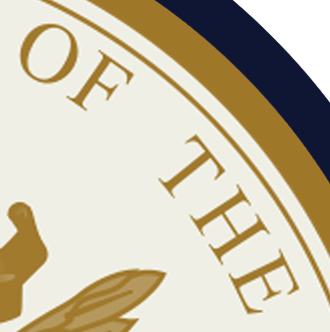
OF THE